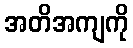
အတိအကျကို